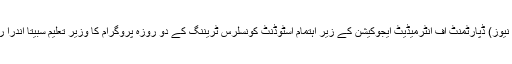
20 نومبر (سیاست نیوز) ڈپارٹمنٹ آف انٹرمیڈیٹ ایجوکیشن کے زیر اہتمام اسٹوڈنٹ کونسلرس ٹریننگ کے دو روزہ پروگرام کا وزیر تعلیم سبیتا اندرا ریڈی نے افتتاح کیا۔